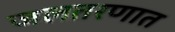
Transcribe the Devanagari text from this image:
जलतरणात